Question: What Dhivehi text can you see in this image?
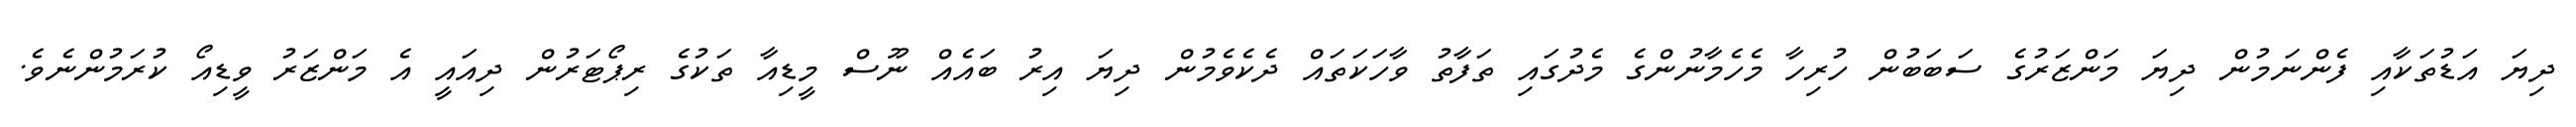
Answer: ދިޔަ އަޑުތަކާއި ފެންނަމުން ދިޔަ މަންޒަރުގެ ސަބަބުން ހުރިހާ މެހެމާނުންގެ މެދުގައި ތަފާތު ވާހަކަތައް ދެކެވެމުން ދިޔަ އިރު ބައެއް ނޫސް މީޑިއާ ތަކުގެ ރިޕޯޓަރުން ދިއައީ އެ މަންޒަރު ވީޑިއޯ ކުރަމުންނެވެ.